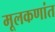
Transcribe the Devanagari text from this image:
मूलकणांत